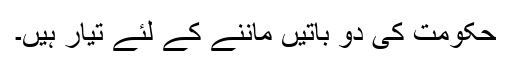
حکومت کی دو باتیں ماننے کے لئے تیار ہیں۔